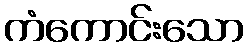
ကံကောင်းသော